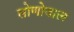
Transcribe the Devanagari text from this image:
सोणोवाल